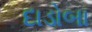
દાડોબા